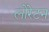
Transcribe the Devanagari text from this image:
लोरेटन